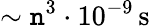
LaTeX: {\sim\mathtt{n}^{3}\cdot10^{-9}\, \mathrm{{s}}}